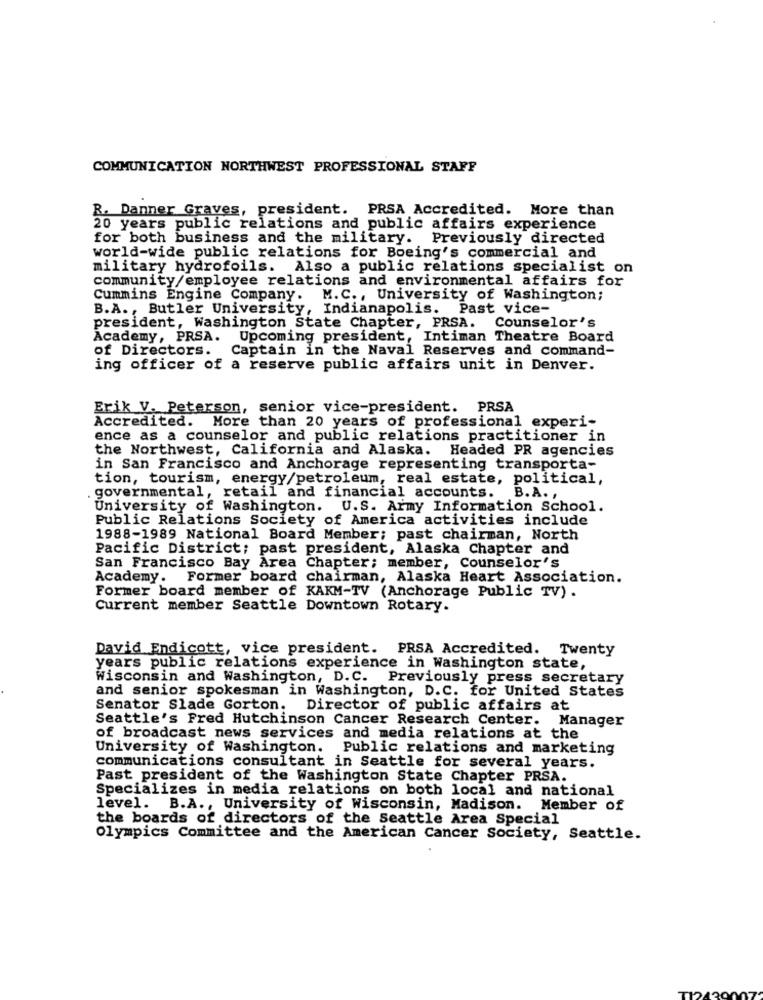
COMMUNICATION NORTHWEST PROFESSIONAL STAFF
R. Danner Graves, president. PRSA Accredited. More than
20 years public relations and public affairs experience
for both business and the military. Previously directed
world-wide public relations for Boeing's commercial and
military hydrofoils. Also a public relations specialist on
community/employee relations and environmental affairs for
Cummins Engine Company.
M.C ., University of Washington;
B.A ., Butler University, Indianapolis. Past vice-
president, Washington State Chapter, PRSA. Counselor's
Academy, PRSA. Upcoming president, Intiman Theatre Board
of Directors. Captain in the Naval Reserves and command-
ing officer of a reserve public affairs unit in Denver.
Erik V. Peterson, senior vice-president. PRSA
Accredited. More than 20 years of professional experi-
ence as a counselor and public relations practitioner in
the Northwest, California and Alaska. Headed PR agencies
in San Francisco and Anchorage representing transporta-
tion, tourism, energy/petroleum, real estate, political,
. governmental, retail and financial accounts.
B. A. ,
University of Washington. U.S. Army Information School.
Public Relations Society of America activities include
1988-1989 National Board Member; past chairman, North
Pacific District; past president, Alaska Chapter and
San Francisco Bay Area Chapter; member, Counselor's
Academy. Former board chairman, Alaska Heart Association.
Former board member of KAKM-TV (Anchorage Public TV) .
Current member Seattle Downtown Rotary.
David Endicott, vice president. PRSA Accredited. Twenty
years public relations experience in Washington state,
Wisconsin and Washington, D.C. Previously press secretary
and senior spokesman in Washington, D.C. for United States
Senator Slade Gorton. Director of public affairs at
Seattle's Fred Hutchinson Cancer Research Center. Manager
of broadcast news services and media relations at the
University of Washington. Public relations and marketing
communications consultant in Seattle for several years.
Past president of the Washington State Chapter PRSA.
Specializes in media relations on both local and national
level. B.A ., University of Wisconsin, Madison. Member of
the boards of directors of the Seattle Area Special
Olympics Committee and the American Cancer Society, Seattle.